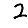
Digit: 2